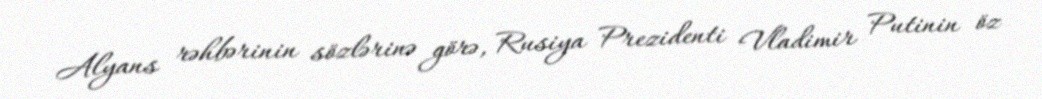
Alyans rəhbərinin sözlərinə görə, Rusiya Prezidenti Vladimir Putinin öz